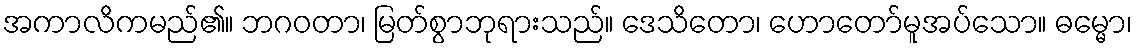
အကာလိကမည်၏။ ဘဂဝတာ၊ မြတ်စွာဘုရားသည်။ ဒေသိတော၊ ဟောတော်မူအပ်သော။ ဓမ္မော၊